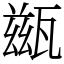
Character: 𤮀